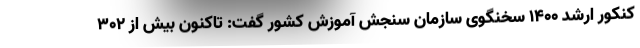
کنکور ارشد ۱۴۰۰ سخنگوی سازمان سنجش آموزش کشور گفت: تاکنون بیش از ۳۰۲